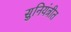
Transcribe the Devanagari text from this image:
सुनियंत्रीत